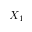
X _ { 1 }